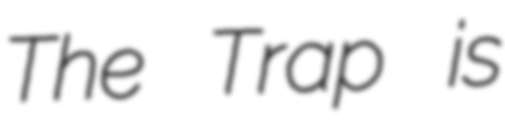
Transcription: The Trap is